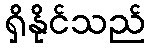
ရှိနိုင်သည်